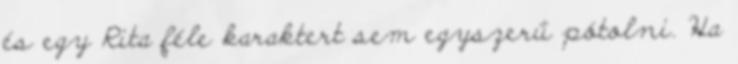
és egy Rita féle karaktert sem egyszerű pótolni. Ha